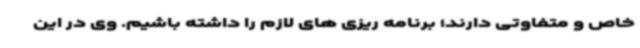
خاص و متفاوتی دارند؛ برنامه ریزی های لازم را داشته باشیم. وی در این